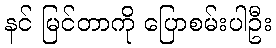
နင် မြင်တာကို ပြောစမ်းပါဦး